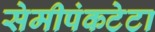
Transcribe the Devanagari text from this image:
सेमीपंकटेटा